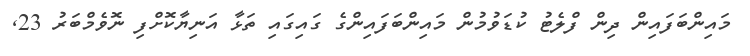
މައިންބަފައިން ދިން ފްލެޓު ކުޑަވުމުން މައިންބަފައިންގެ ގައިގައި ތަޅާ އަނިޔާކޮށްފި ނޮވެމްބަރު 23